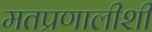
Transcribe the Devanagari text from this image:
मतप्रणालीशी